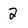
Character: 2